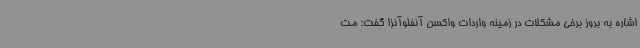
اشاره به بروز برخی مشکلات در زمینه واردات واکسن آنفلوآنزا گفت: مت